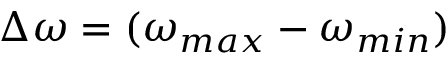
\Delta \omega = ( \omega _ { m a x } - \omega _ { m i n } )